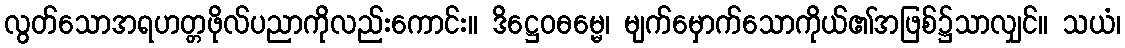
လွတ်သောအရဟတ္တဖိုလ်ပညာကိုလည်းကောင်း။ ဒိဋ္ဌေဝဓမ္မေ၊ မျက်မှောက်သောကိုယ်၏အဖြစ်၌သာလျှင်။ သယံ၊